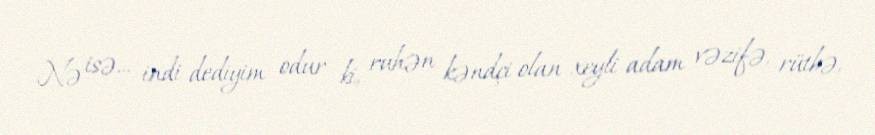
Nə isə... indi dediyim odur ki, ruhən kəndçi olan xeyli adam vəzifə, rütbə,